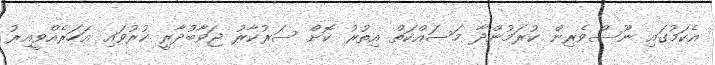
އެކަމުގައި ނޫސްވެރިން ކުރަމުންދާ މަސައްކަތް އިތުރު ކޮށް ސަރުކާރު ޖަވާބުދާރީ ކުރުވައި އަހަރެއްވީއިރު